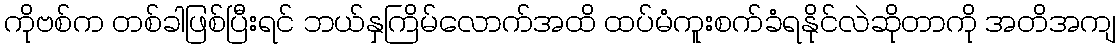
ကိုဗစ်က တစ်ခါဖြစ်ပြီးရင် ဘယ်နှကြိမ်လောက်အထိ ထပ်မံကူးစက်ခံရနိုင်လဲဆိုတာကို အတိအကျ